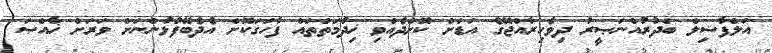
އަލްފާޟިލް ބަދުރުއްނަޞީރު ދިވެހިރާއްޖޭގެ އަޑަށް ކޮށްދެއްވި ޚިދުމަތްތައް ފާހަގަކޮށް އެދެބޭފުޅުންނަށް ވަރަށް ޚާއްޞަ